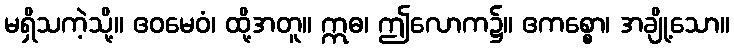
မရှိသကဲ့သို့။ ဧဝမေဝံ၊ ထို့အတူ။ ဣဓ၊ ဤလောက၌။ ဧကစ္စော၊ အချို့သော။